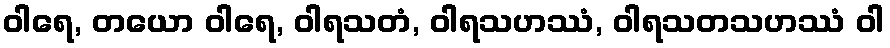
ဝါရေ, တယော ဝါရေ, ဝါရသတံ, ဝါရသဟဿံ, ဝါရသတသဟဿံ ဝါ